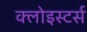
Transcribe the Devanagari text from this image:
क्लोइस्टर्स